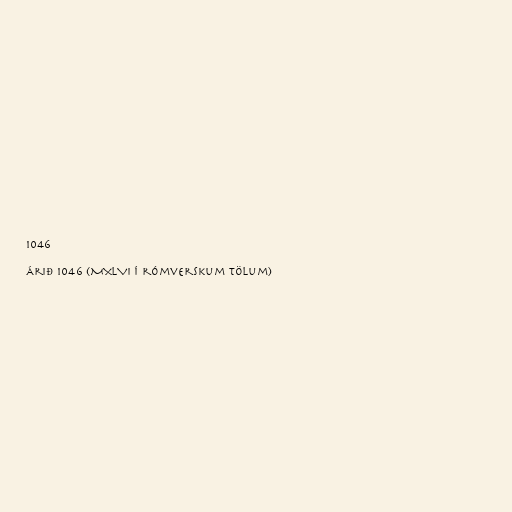
1046

Árið 1046 (MXLVI í rómverskum tölum)